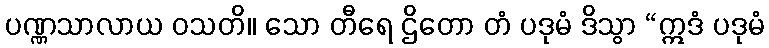
ပဏ္ဏသာလာယ ဝသတိ။ သော တီရေ ဌိတော တံ ပဒုမံ ဒိသွာ “ဣဒံ ပဒုမံ